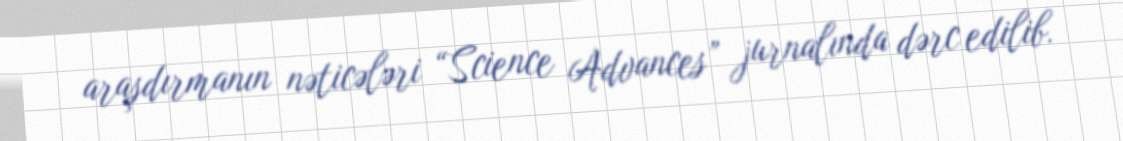
araşdırmanın nəticələri “Science Advances” jurnalında dərc edilib.